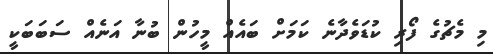
މި މެޗުގެ ފޯރި ކުޑަވެދާނެ ކަމަށް ބައެއް މީހުން ބުނާ އަނެއް ސަބަބަކީ